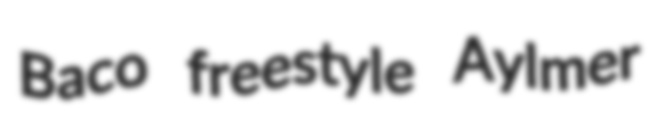
Baco freestyle Aylmer